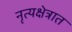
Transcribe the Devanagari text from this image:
नृत्यक्षेत्रात